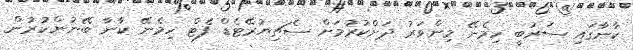
ކާނާގައި ސަރުބީ ހިމެނޭ މިންވަރު ދަށްކުރުމަށް ސެޗިޔުރޭޓެޑް ފެޓް ހިމެނޭ ކާނާ ބޭނުންކުރުން